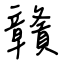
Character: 贛